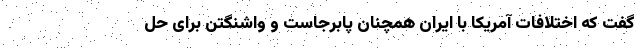
گفت که اختلافات آمریکا با ایران همچنان پابرجاست و واشنگتن برای حل